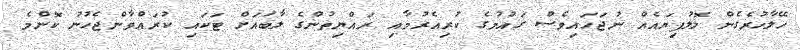
ހޭލާހުރެގެން ލޮލުފިޔައެއް ނުޖަހައިވެސް ގައުމުގެ ކުރިއެރުމާއި ރައްޔިތުންގެ ލާބައަށް ޓަކައި ކުރައްވާންޖެހުނު ކޮންމެ